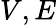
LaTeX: V,E